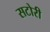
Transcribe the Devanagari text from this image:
सटोरी